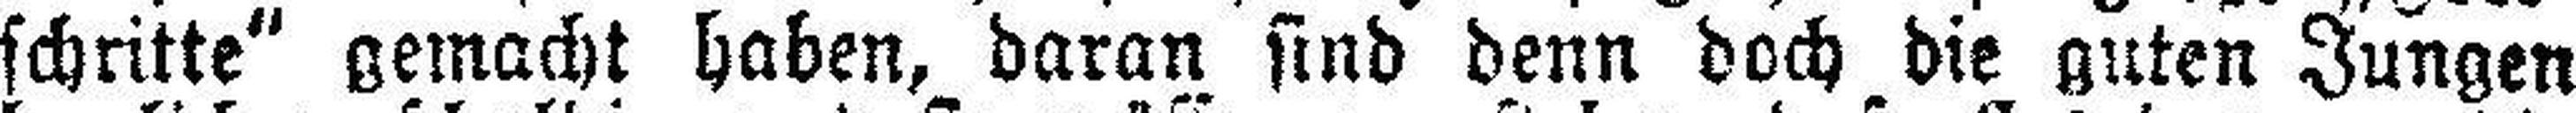
schritte“ gemacht haben, daran sind denn doch die guten Jungen